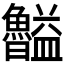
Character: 𥃠